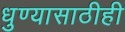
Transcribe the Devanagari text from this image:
धुण्यासाठीही